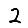
Digit: 2